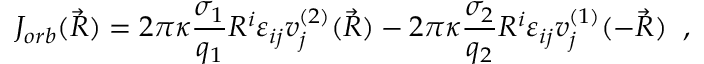
J _ { o r b } ( \vec { R } ) = 2 \pi \kappa \frac { \sigma _ { 1 } } { q _ { 1 } } R ^ { i } \varepsilon _ { i j } v _ { j } ^ { ( 2 ) } ( \vec { R } ) - 2 \pi \kappa \frac { \sigma _ { 2 } } { q _ { 2 } } R ^ { i } \varepsilon _ { i j } v _ { j } ^ { ( 1 ) } ( - \vec { R } ) \; \; ,